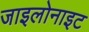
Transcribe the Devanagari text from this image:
जाइलोनाइट